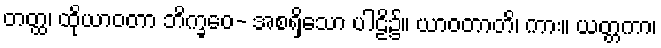
တတ္ထ၊ ထိုယာဝတာ ဘိက္ခဝေ- အစရှိသော ပါဠိ၌။ ယာဝတာတိ၊ ကား။ ယတ္တကာ၊